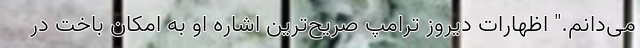
می‌دانم." اظهارات دیروز ترامپ صریح‌ترین اشاره او به امکان باخت در